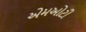
એમઓટી